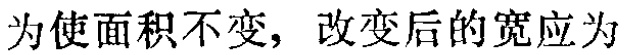
为使面积不变，改变后的宽应为